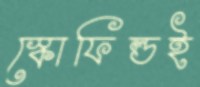
স্কোফিল্ডই